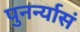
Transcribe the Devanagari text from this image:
पुनर्न्यासं